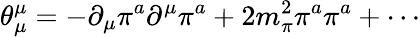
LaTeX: \theta_{\mu}^{\mu}=-\partial_{\mu}\pi^{a}\partial^{\mu}\pi^{a}+2m_{\pi}^{2}\pi^{a}\pi^{a}+\cdots